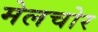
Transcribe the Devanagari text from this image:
मेलचोर